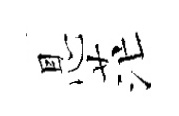
㤙茫